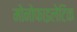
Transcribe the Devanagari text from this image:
मोनोफाइलेटिक